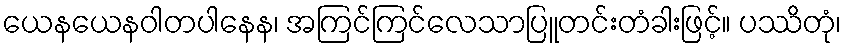
ယေနယေနဝါတပါနေန၊ အကြင်ကြင်လေသာပြူတင်းတံခါးဖြင့်။ ပဿိတုံ၊